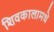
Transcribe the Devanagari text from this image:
शिवकालामधे